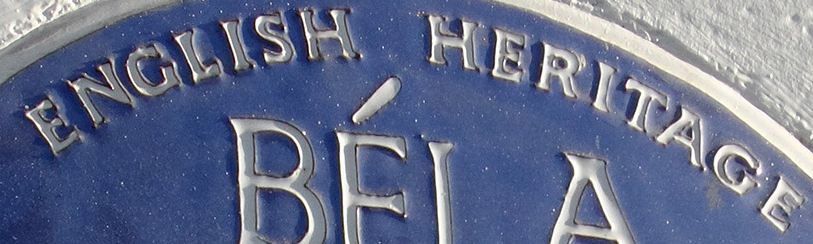
ENGLISH HERITAGE